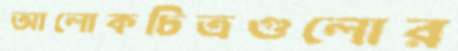
আলোকচিত্রগুলোর